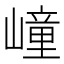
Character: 㠉